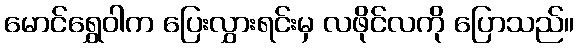
မောင်ရွှေဝါက ပြေးလွှားရင်းမှ လဖိုင်လကို ပြောသည်။